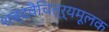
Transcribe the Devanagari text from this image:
शब्दवैचित्र्यमूलक